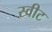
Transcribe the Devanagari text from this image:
स्‍वीट